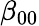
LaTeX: \beta_{00}